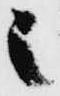
之